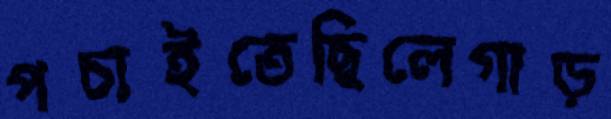
পচাইতেছিলেগাড়